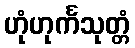
ဟုံဟုင်္ကသုတ္တံ